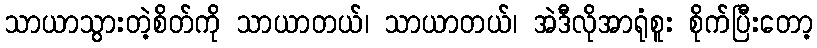
သာယာသွားတဲ့စိတ်ကို သာယာတယ်၊ သာယာတယ်၊ အဲဒီလိုအာရုံစူး စိုက်ပြီးတော့